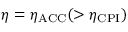
\eta = \eta _ { \mathrm { A C C } } ( > \eta _ { \mathrm { C P I } } )